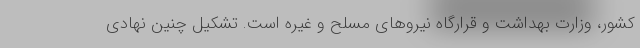
کشور، وزارت بهداشت و قرارگاه نیروهای مسلح و غیره است. تشکیل چنین نهادی